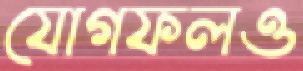
যোগফলও